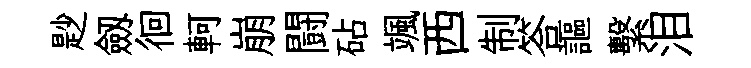
尟劔徊軻崩闘砧颯西制答謳繫泪